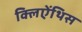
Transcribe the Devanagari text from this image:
क्लिऐंथिस